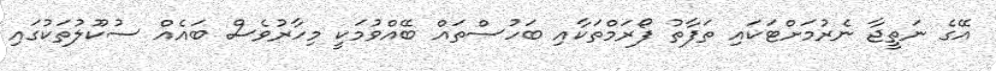
އޭގެ ނަތީޖާ ނެރުމަށްޓަކައި ތަފާތު ފޯރަމްތަކާއި ބަހުސްތައް ބޭއްވުމަކީ މިހާރުވެސް ބައެއް ސުކޫލުތަކުގައި